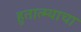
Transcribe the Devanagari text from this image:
हुतात्म्याचा